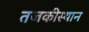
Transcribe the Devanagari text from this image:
तजकीस्थान